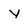
Character: y